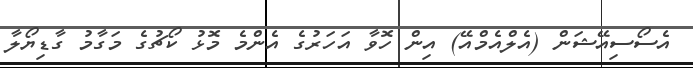
އެސޯސިއޭޝަން (އެލްއެމްއޭ) އިން ހޮވާ އަހަރުގެ އެންމެ މޮޅު ކޯޗުގެ މަގާމު ގާޑިޔޯލާ